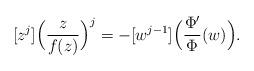
LaTeX: \begin{align*} [z^j]\Big(\frac{z}{f(z)}\Big)^j=-[w^{j-1}]\Big(\frac{\Phi'}{\Phi}(w)\Big). \end{align*}